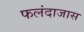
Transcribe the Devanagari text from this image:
फलंदाजास